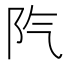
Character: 𨸛